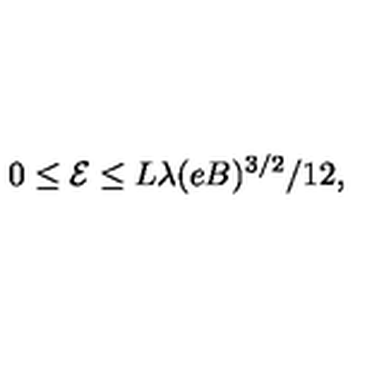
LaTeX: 0 \leq \mathcal { E } \leq L \lambda ( e B ) ^ { 3 / 2 } / 1 2 ,